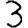
Digit: 3